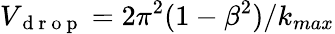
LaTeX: V_{\mathrm{~d~r~o~p~}}=2\pi^{2}(1-\beta^{2})/k_{max}